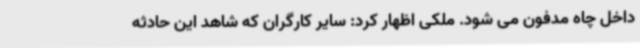
داخل چاه مدفون می شود. ملکی اظهار کرد: سایر کارگران که شاهد این حادثه